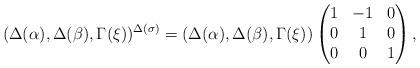
LaTeX: \begin{align*}(\Delta(\alpha), \Delta(\beta), \Gamma(\xi))^{\Delta(\sigma)}=(\Delta(\alpha), \Delta(\beta), \Gamma(\xi))\begin{pmatrix}1 & -1 & 0 \\ 0 & 1 & 0 \\0 & 0 & 1 \end{pmatrix},\end{align*}